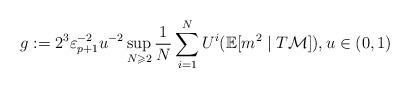
LaTeX: \begin{align*} g:=2^{3}\varepsilon_{p+1}^{-2}u^{-2} \sup_{N\geqslant 2}\frac 1{N}\sum_{i=1}^NU^i(\mathbb E[m^2\mid T\mathcal M] ), u\in (0,1)\end{align*}